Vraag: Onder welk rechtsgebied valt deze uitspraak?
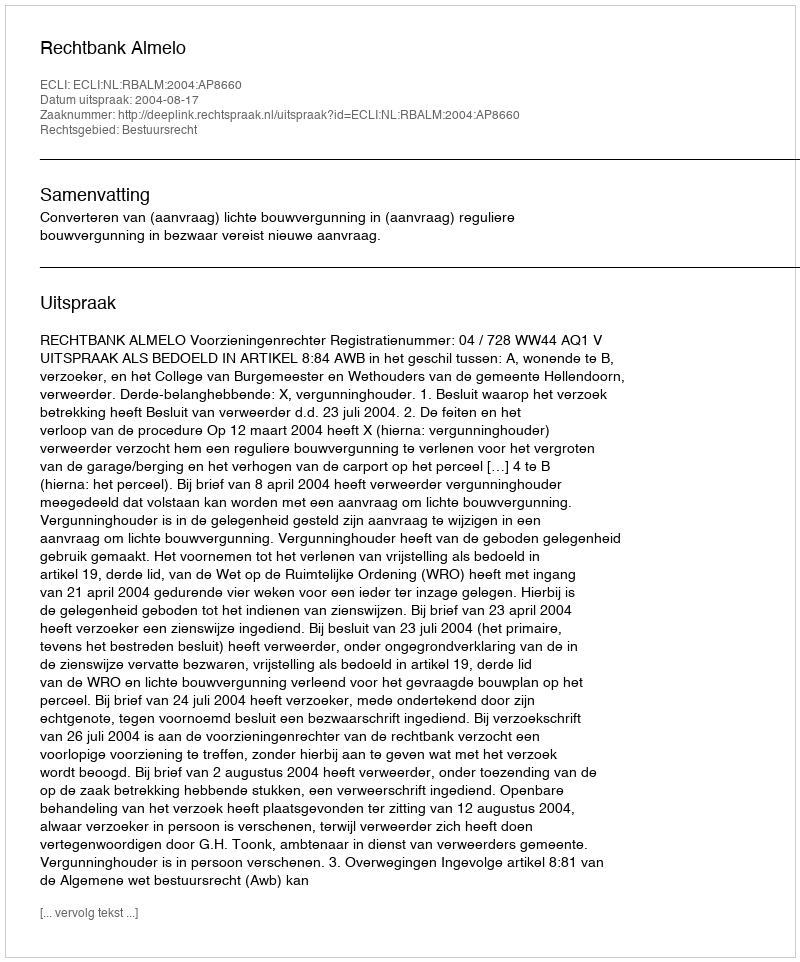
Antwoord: Bestuursrecht